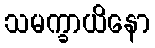
သမက္ခာယိနော